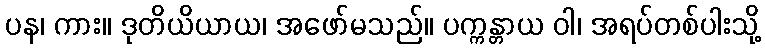
ပန၊ ကား။ ဒုတိယိယာယ၊ အဖော်မသည်။ ပက္ကန္တာယ ဝါ၊ အရပ်တစ်ပါးသို့